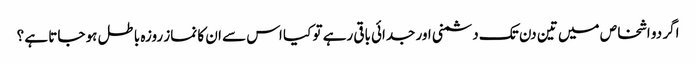
اگر دو اشخاص میں تین دن تک دشمنی اور جدائی باقی رہے تو کیا اس سے ان کا نماز روزہ باطل ہو جاتا ہے ؟